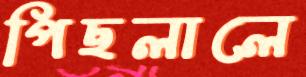
পিছলালে